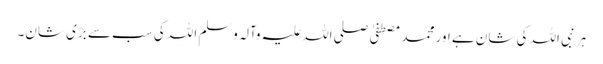
ہر نبی اللہ کی شان ہے اور محمد مصطفیٰ صلی اللہ علیہ وآلہ وسلم اللہ کی سب سے بڑی شان۔